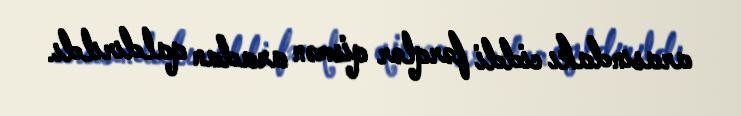
arasındakı ciddi fərqlər qismən aradan qaldırıldı.